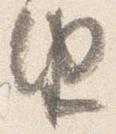
由